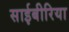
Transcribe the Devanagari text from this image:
साईबीरिया